Civil Veterinary Department. United Provinces 1923-31 - 1923-1931
Year: 1923
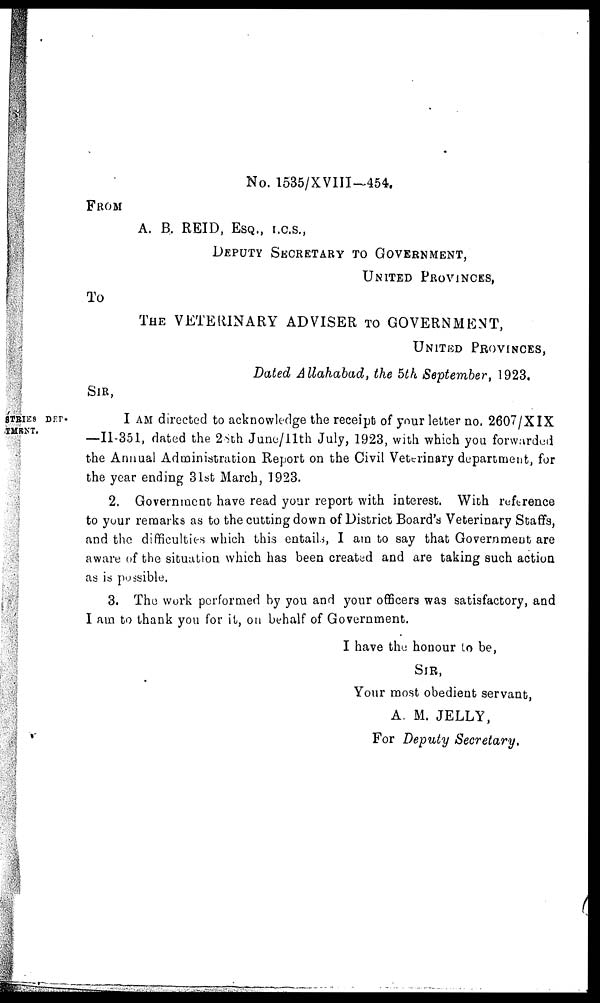
No. 1535/XVIII—454.
FROM
A. B. REID, ESQ., I.C.S.,
DEPUTY SECRETARY TO GOVERNMENT,
UNITED PROVINCES,
To
THE VETERINARY ADVISER TO GOVERNMENT,
UNITED PROVINCES,
Dated Allahabad, the 5th September, 1923.
SIR,
I AM directed to acknowledge the receipt of your letter no. 2607/XIX
—II-351, dated the 28th June/11th July, 1923, with which you forwarded
the Annual Administration Report on the Civil Veterinary department, for
the year ending 31st March, 1923.
2. Government have read your report with interest. With ruference
to your remarks as to the cutting down of District Board's Veterinary Staffs,
and the difficulties which this entails, I am to say that Government are
aware of the situation which has been created and are taking such action
as is possible.
3. The work performed by you and your officers was satisfactory, and
I am to thank you for it, on behalf of Government.
I have the honour to be,
SIR,
Your most obedient servant,
A. M. JELLY,
For Deputy Secretary.